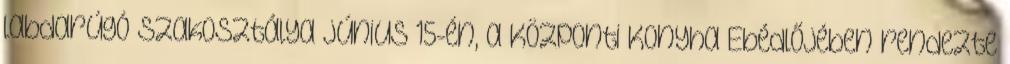
labdarúgó szakosztálya június 15-én, a Központi Konyha Ebédlőjében rendezte